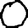
Digit: 0